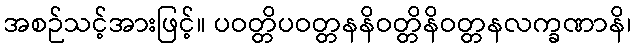
အစဉ်သင့်အားဖြင့်။ ပဝတ္တိပဝတ္တနနိဝတ္တိနိဝတ္တနလက္ခဏာနိ၊